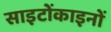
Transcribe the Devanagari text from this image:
साइटोंकाइनों